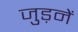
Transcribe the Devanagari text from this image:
जुड़नें